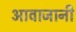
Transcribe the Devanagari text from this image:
आवाजानी